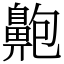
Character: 䶌